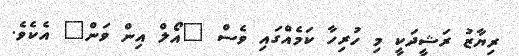
ރިޔާޒު ރަޝީދަކީ މި ހުރިހާ ކަމެއްގައި ވެސް "އޯލް އިން ވަން" އެކެވެ.